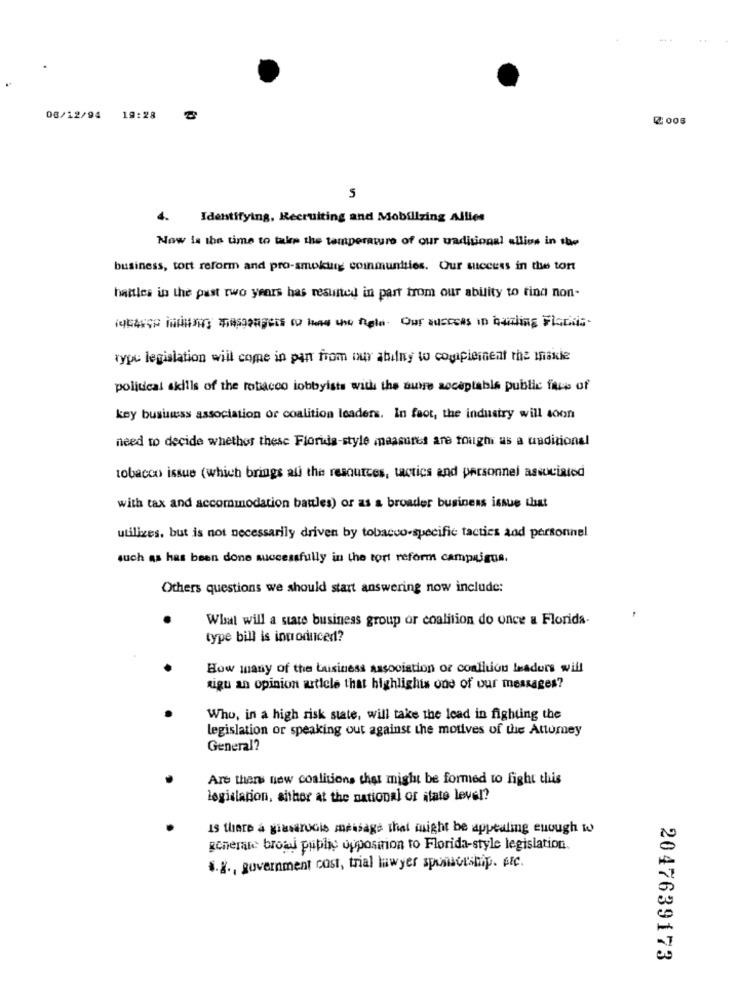
08/12/94 19:28
₡ 006
5
4.
Identifying, Recruiting and Mobilizing Allies
Now is the time to take the temperature of our uaditional allies in the
business, tort reform and pro-smoking communities. Our success in the ton
hastles in the past two years has resulted in part from our ability to find non-
jubauso intusers messageis to how the Role. Our success in handling FiGENis-
typu legislation will come in pan from our abiny to complement the miskle
political skills of the tobacco lobbyists with the sure acceptable public face of
key business association or coalition leaders. In fact, the industry will soon
need to decide whether these Florida-style measures are toughi as a uadicional
tobacco issue (which brings ati the resources, tactics and personnel associated
with tax and accommodation battles) or as a broader business issue that
utilizes, but is not necessarily driven by tobacco-specific tactics and personnel
such as has been done successfully in the tort reform camprigus.
Others questions we should start answering now include:
What will a state business group or coalition do once a Florida.
type bill is introduced?
How many of the Luisiness association or coalition leaders will
Rigu an opinion article that highlighis one of our messages?
Who, in a high risk state, will take the lead in fighting the
legislation or speaking out against the motives of the Attomey
General?
Are there new coalitions that might be formed to fight this
legislation, aithor at the national of state level?
Is there a gissarucis message that might be appealing enough to
Rcherare broad public opposition to Florida-style legislation.
4.2 ., government cost, trial lawyer sponsorship. Arc.
2047639173